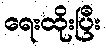
ရေးထိုးပြီး